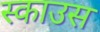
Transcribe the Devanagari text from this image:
स्काउस